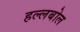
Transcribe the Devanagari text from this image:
हल्लबोल